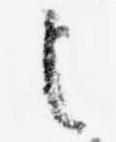
之